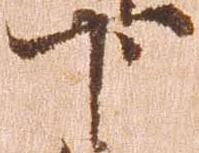
下